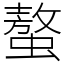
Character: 螯